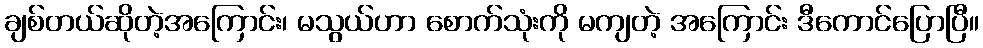
ချစ်တယ်ဆိုတဲ့အကြောင်း၊ မသွယ်ဟာ စောက်သုံးကို မကျတဲ့ အကြောင်း ဒီကောင်ပြောပြီ။